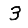
Digit: 3